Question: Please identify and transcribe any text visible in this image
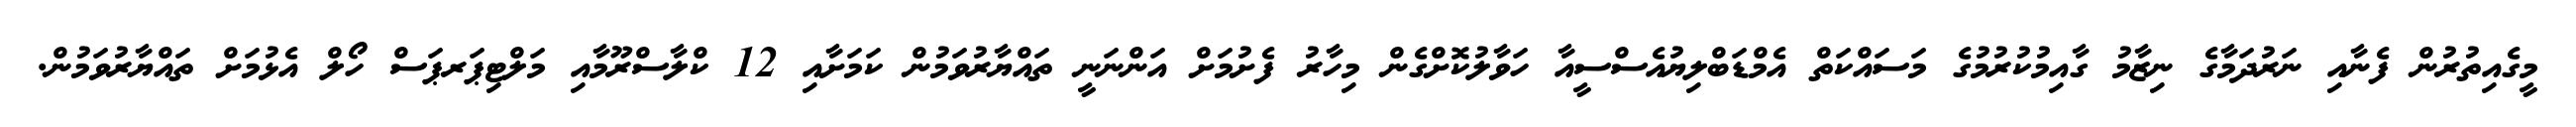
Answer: މީގެއިތުރުން ފެނާއި ނަރުދަމާގެ ނިޒާމު ގާއިމުކުރުމުގެ މަސައްކަތް އެމްޑަބްލިޔުއެސްސީއާ ހަވާލުކޮށްގެން މިހާރު ފެށުމަށް އަންނަނީ ތައްޔާރުވަމުން ކަމަށާއި 12 ކްލާސްރޫމާއި މަލްޓިޕަރޕަސް ހޯލް އެޅުމަށް ތައްޔާރުވަމުން.